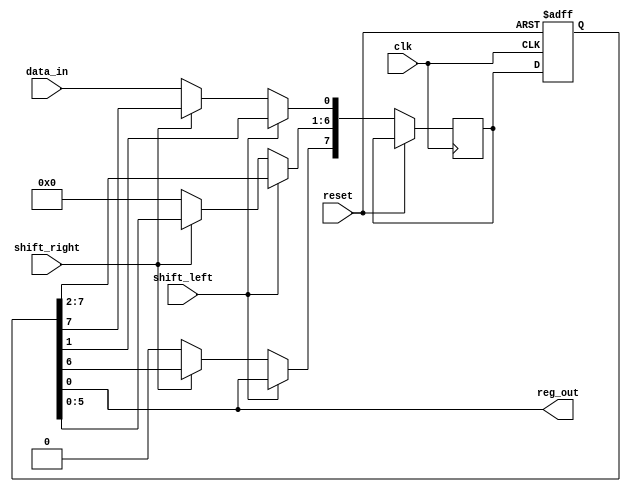
module shift_register(
  input wire clk,             // Clock signal
  input wire reset,           // Reset signal
  input wire data_in,         // Input data to be shifted in
  input wire shift_left,      // Control signal for shifting left
  input wire shift_right,     // Control signal for shifting right
  output wire reg_out         // Output of the shifted data
);

  reg [7:0] reg_data;         // Register to hold the data
  reg [7:0] next_data;        // Next data to be loaded into the register

  always @(posedge clk or posedge reset) begin
    if (reset) begin
      reg_data <= 8'h00;      // Reset the register
    end else begin
      if (shift_left) begin
        next_data[7] <= reg_data[0];     // Shift data to the left
        next_data[6:0] <= reg_data[7:1];
      end else if (shift_right) begin
        next_data[0] <= reg_data[7];      // Shift data to the right
        next_data[7:1] <= reg_data[6:0];
      end else begin
        next_data <= data_in;             // Load new data into the register
      end
      reg_data <= next_data;              // Update the register
    end
  end

  assign reg_out = reg_data;              // Output the shifted data

endmodule